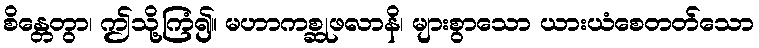
စိန္တေတွာ၊ ဤသို့ကြံ၍။ မဟာကစ္ဆုဖလာနိ၊ များစွာသော ယားယံစေတတ်သော